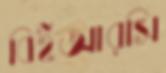
বিইআরসি